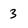
Character: 3